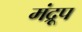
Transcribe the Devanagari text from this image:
मंद्रूप